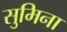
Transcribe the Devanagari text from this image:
सुमिना